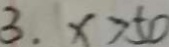
3 . x > 5 0